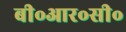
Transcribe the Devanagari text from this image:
बी॰आर॰सी॰